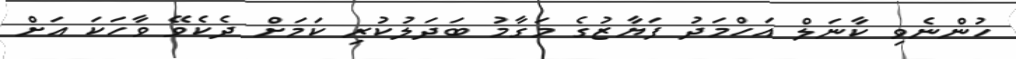
ހުންނެވި ކާނަލް އަހްމަދު ފަޔާޒުގެ މަގާމު ބަދަލުކުރި ކަމަށް ދެކެވޭ ވާހަކަ އަށް